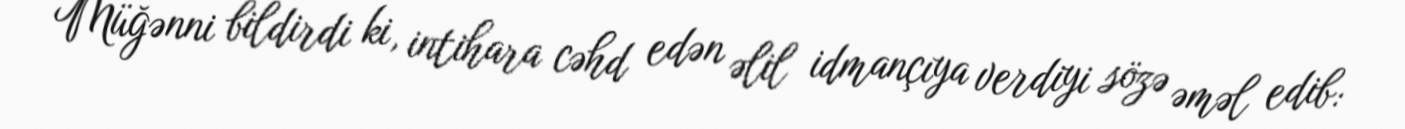
Müğənni bildirdi ki, intihara cəhd edən əlil idmançıya verdiyi sözə əməl edib: